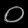
Digit: ၀